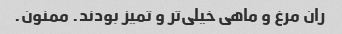
ران مرغ و ماهی خیلی‌تر و تمیز بودند. ممنون.